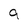
Character: 9